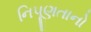
નિપૂણતાનો